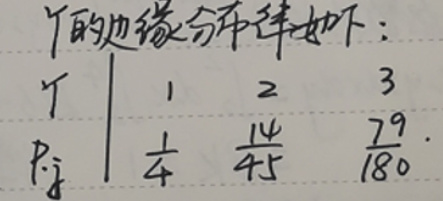
\[
\begin{array}{c|ccc}
Y & 1 & 2 & 3 \\
\hline
P_i & \frac{1}{4} & \frac{14}{45} & \frac{79}{180}
\end{array}
\]